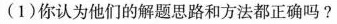
(1)你认为他们的解题思路和方法都正确吗?